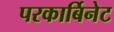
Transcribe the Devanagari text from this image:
परकार्बिनेट